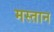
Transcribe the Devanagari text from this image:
मस्‍तान